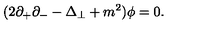
( 2 \partial _ { + } \partial _ { - } - \Delta _ { \perp } + m ^ { 2 } ) { \phi } = 0 .